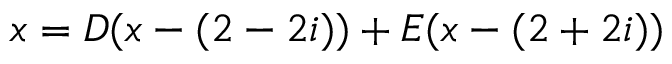
x = D ( x - ( 2 - 2 i ) ) + E ( x - ( 2 + 2 i ) )